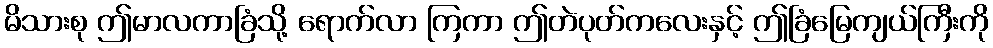
မိသားစု ဤမာလကာခြံသို့ ရောက်လာ ကြကာ ဤတဲပုတ်ကလေးနှင့် ဤခြံမြေကျယ်ကြီးကို